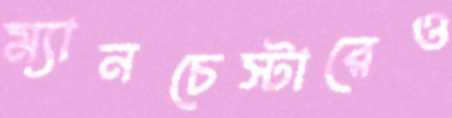
ম্যানচেস্টারেও